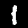
Digit: 1